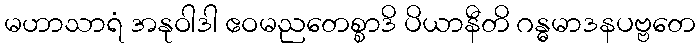
မဟာသာရံ အနုဝါဒါ ဧဝမညတေစ္စာဒိ ပိယာနီတိ ဂန္ဓမာဒနပဗ္ဗတေ